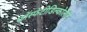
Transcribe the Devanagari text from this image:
फॉस्फेटीडिल्कोलीन